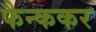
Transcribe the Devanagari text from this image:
फैन्ककर